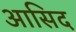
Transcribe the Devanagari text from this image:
आसिद